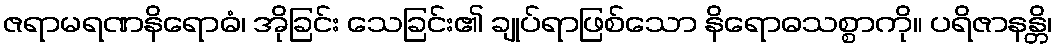
ဇရာမရဏနိရောဓံ၊ အိုခြင်း သေခြင်း၏ ချုပ်ရာဖြစ်သော နိရောဓသစ္စာကို။ ပရိဇာနန္တိ၊